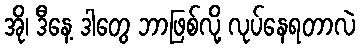
အို၊ ဒီနေ့ ဒါတွေ ဘာဖြစ်လို့ လုပ်နေရတာလဲ